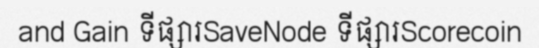
and Gain ទីផ្សារSaveNode ទីផ្សារScorecoin